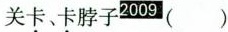
关卡、卡脖子 ( )